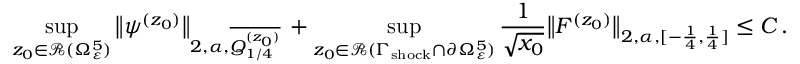
\operatorname* { s u p } _ { z _ { 0 } \in \mathcal { R } ( \Omega _ { \varepsilon } ^ { 5 } ) } \big \| \psi ^ { ( z _ { 0 } ) } \big \| _ { 2 , \alpha , \overline { { Q _ { 1 / 4 } ^ { ( z _ { 0 } ) } } } } \, + \operatorname* { s u p } _ { z _ { 0 } \in \mathcal { R } ( \Gamma _ { \mathrm { s h o c k } } \cap \partial \Omega _ { \varepsilon } ^ { 5 } ) } \frac { 1 } { \sqrt { x _ { 0 } } } \big \| F ^ { ( z _ { 0 } ) } \big \| _ { 2 , \alpha , [ - \frac { 1 } { 4 } , \frac { 1 } { 4 } ] } \leq C \, .